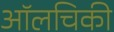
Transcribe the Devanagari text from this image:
ऑलचिकी